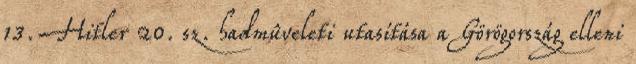
13. Hitler 20. sz. hadmûveleti utasítása a Görögország elleni